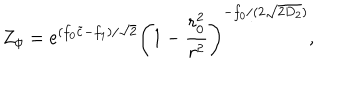
LaTeX: Z _ { \phi } = e ^ { ( f _ { 0 } \tilde { c } - f _ { 1 } ) / \sqrt { 2 } } \left( 1 - \frac { r _ { 0 } ^ { 2 } } { r ^ { 2 } } \right) ^ { - f _ { 0 } / ( 2 \sqrt { 2 D _ { 2 } } ) } ,